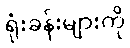
ရုံးခန်းများကို